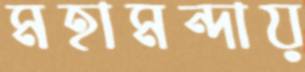
মহামন্দায়